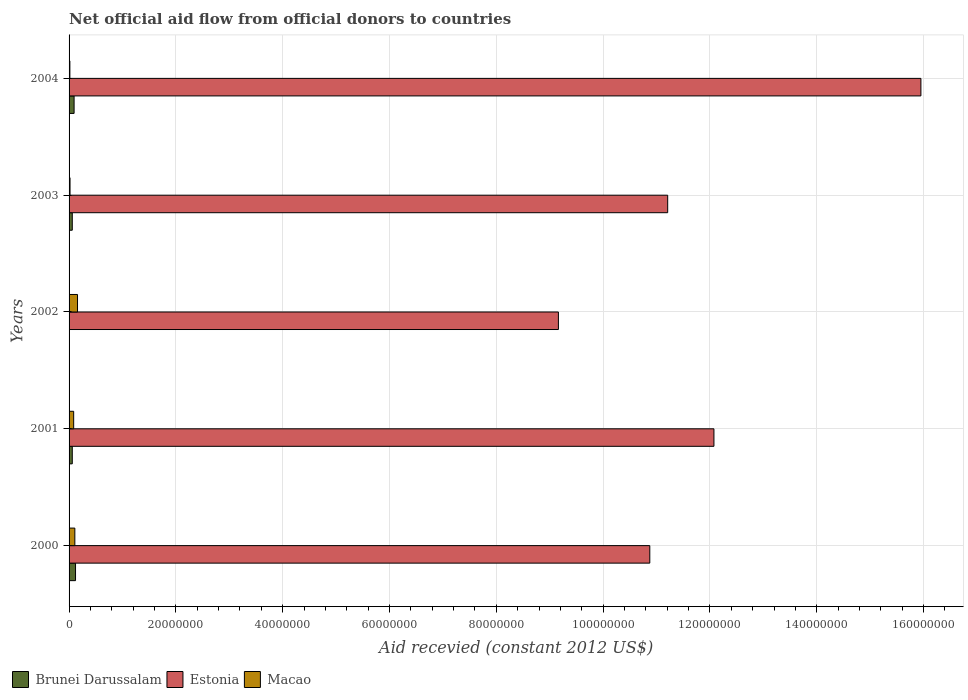
| Years | Brunei Darussalam | Estonia | Macao |
 | --- | --- | --- | --- |
 | 2000 | 1.21e+06 | 1.09e+08 | 1.08e+06 |
 | 2001 | 6e+05 | 1.21e+08 | 8.6e+05 |
 | 2002 | -2.1e+05 | 9.16e+07 | 1.58e+06 |
 | 2003 | 6e+05 | 1.12e+08 | 1.8e+05 |
 | 2004 | 9.4e+05 | 1.59e+08 | 1.5e+05 |